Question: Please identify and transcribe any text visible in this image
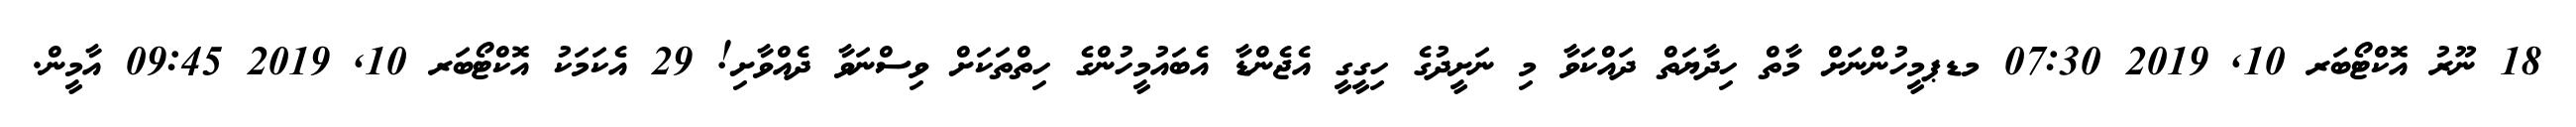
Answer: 18 ނޫރު އޮކްޓޯބަރ 10, 2019 07:30 މޑޕމީހުންނަށް މާތް ހިދާޔަތް ދައްކަވާ މި ނަށީދުގެ ހިގީގީ އެޖެންޑާ އެބައުމީހުންގެ ހިތްތަކަށް ވިސްނަވާ ދެއްވާށި! 29 އެކަމަކު އޮކްޓޯބަރ 10, 2019 09:45 އާމީން.